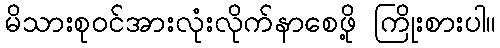
မိသားစုဝင်အားလုံးလိုက်နာစေဖို့ ကြိုးစားပါ။